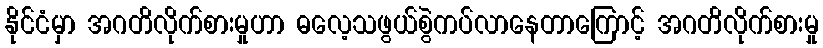
နိုင်ငံမှာ အဂတိလိုက်စားမှုဟာ ဓလေ့သဖွယ်စွဲကပ်လာနေတာကြောင့် အဂတိလိုက်စားမှု